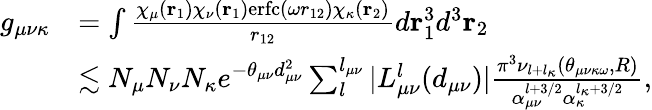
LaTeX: \begin{array}{rl}{g_{\mu\nu\kappa}}&{=\int\frac{\chi_{\mu}(\mathbf{r}_{1})\chi_{\nu}(\mathbf{r}_{1})\mathrm{erfc}(\omega r_{12})\chi_{\kappa}(\mathbf{r}_{2})}{r_{12}}d\mathbf{r}_{1}^{3}d^{3}\mathbf{r}_{2}}\\ &{\lesssim N_{\mu}N_{\nu}N_{\kappa}e^{-\theta_{\mu\nu}d_{\mu\nu}^{2}}\sum_{l}^{l_{\mu\nu}}|L_{\mu\nu}^{l}(d_{\mu\nu})|\frac{\pi^{3}\nu_{l+l_{\kappa}}(\theta_{\mu\nu\kappa\omega},R)}{\alpha_{\mu\nu}^{l+3/2}\alpha_{\kappa}^{l_{\kappa}+3/2}},}\end{array}